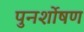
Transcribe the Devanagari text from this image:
पुनर्शोषण